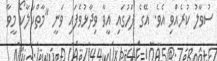
ސުވާލު ކުރެއްވި އެވެ. އޭގެ ފަހުގައި އީވާ ވިދާޅުވެފައި ވަނީ "މާތްކަލާކޯ މީވާ